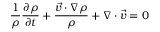
{ \frac { 1 } { \rho } } { \frac { \partial \rho } { \partial t } } + { \frac { { \vec { v } } \cdot \nabla \rho } { \rho } } + \nabla \cdot { \vec { v } } = 0